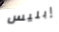
إبليس